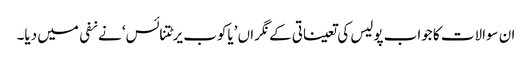
ان سوالات کا جواب پولیس کی تعیناتی کے نگراں ’یاکوب یرٹتنائس‘ نے نفی میں دیا۔